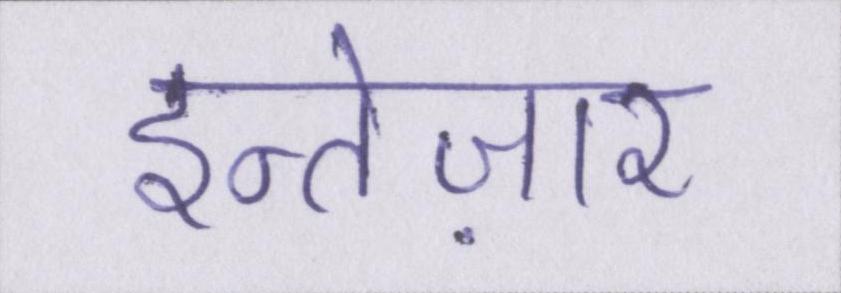
इन्तेज़ार